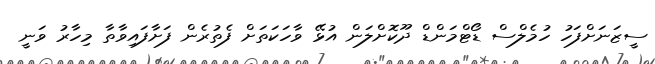
ސީޒަނަށްފަހު ހުމެލްސް ޑޯޓްމަންޑް ދޫކޮށްލަން އުޅޭ ވާހަކަތަށް ފެތުރެން ފަށާފައިވާތާ މިހާރު ވަނީ